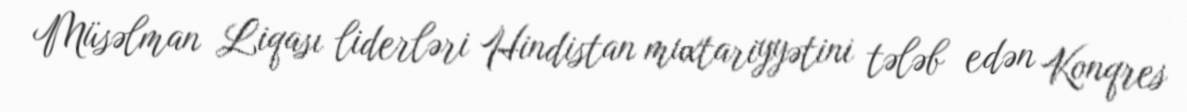
Müsəlman Liqası liderləri Hindistan muxtariyyətini tələb edən Konqres